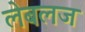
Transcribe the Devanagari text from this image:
लेबलज